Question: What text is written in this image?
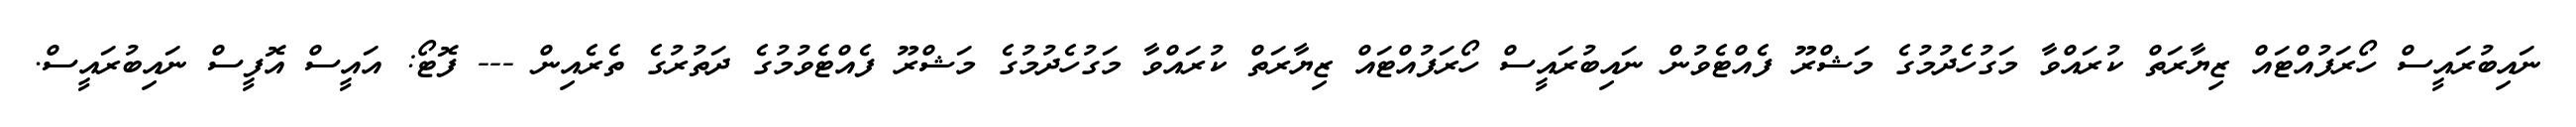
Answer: ނައިބުރައީސް ހޯރަފުއްޓައް ޒިޔާރަތް ކުރައްވާ މަގުހެދުމުގެ މަޝްރޫ ފެއްޓެވުން ނައިބުރައީސް ހޯރަފުއްޓައް ޒިޔާރަތް ކުރައްވާ މަގުހެދުމުގެ މަޝްރޫ ފެއްޓެވުމުގެ ދަތުރުގެ ތެރެއިން --- ފޮޓޯ: އައީސް އޮފީސް ނައިބުރައީސް.